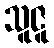
သူဇူ